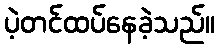
ပဲ့တင်ထပ်နေခဲ့သည်။